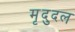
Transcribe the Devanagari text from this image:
मृदुदल